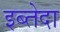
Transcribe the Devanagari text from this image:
इब्तेदा